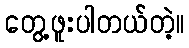
တွေ့ဖူးပါတယ်တဲ့။